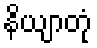
နိယျာတုံ